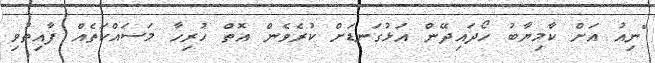
"ނިއު އަށް ކާމިޔާބު ހޯދައިދޭން އަޅުގަނޑަށް ކުރެވެން އޮތް ހުރިހާ މަސައްކަތެއް ފާއިތުވި